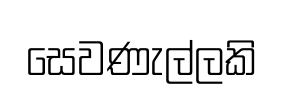
සෙවණැල්ලකි